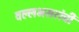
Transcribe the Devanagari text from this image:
वल्लभसरांची